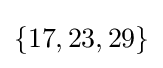
\lbrace 17,23,29\rbrace